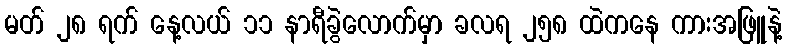
မတ် ၂၈ ရက် နေ့လယ် ၁၁ နာရီခွဲလောက်မှာ ခလရ ၂၅၈ ထဲကနေ ကားအဖြူနဲ့